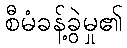
စီမံခန့်ခွဲမှု၏